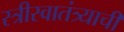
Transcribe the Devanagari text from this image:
स्त्रीस्वातंत्र्याची